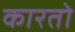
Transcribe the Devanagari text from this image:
कारतो